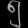
Digit: ၅